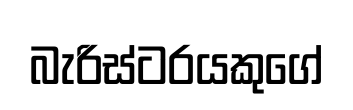
බැරිස්ටරයකුගේ